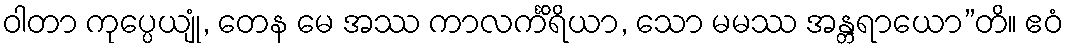
ဝါတာ ကုပ္ပေယျုံ, တေန မေ အဿ ကာလင်္ကိရိယာ, သော မမဿ အန္တရာယော”တိ။ ဧဝံ